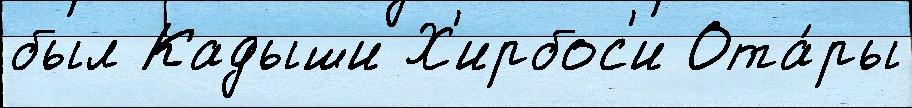
был Кадыши Х'ирбос'и Ота́ры